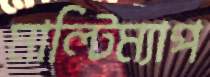
মাল্টিম্যাপ